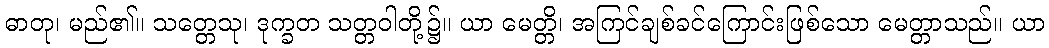
ဓာတု၊ မည်၏။ သတ္တေသု၊ ဒုက္ခတ သတ္တဝါတို့၌။ ယာ မေတ္တိ၊ အကြင်ချစ်ခင်ကြောင်းဖြစ်သော မေတ္တာသည်။ ယာ